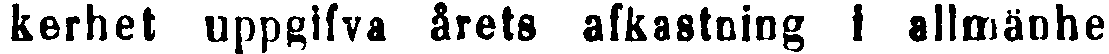
kerhet uppgifva årets afkastning i allmänhet